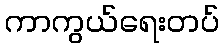
ကာကွယ်ရေးတပ်